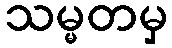
သမ္မတမှ